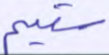
سقيم